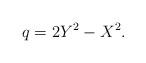
LaTeX: \begin{align*}q = 2Y^2 - X^2.\end{align*}